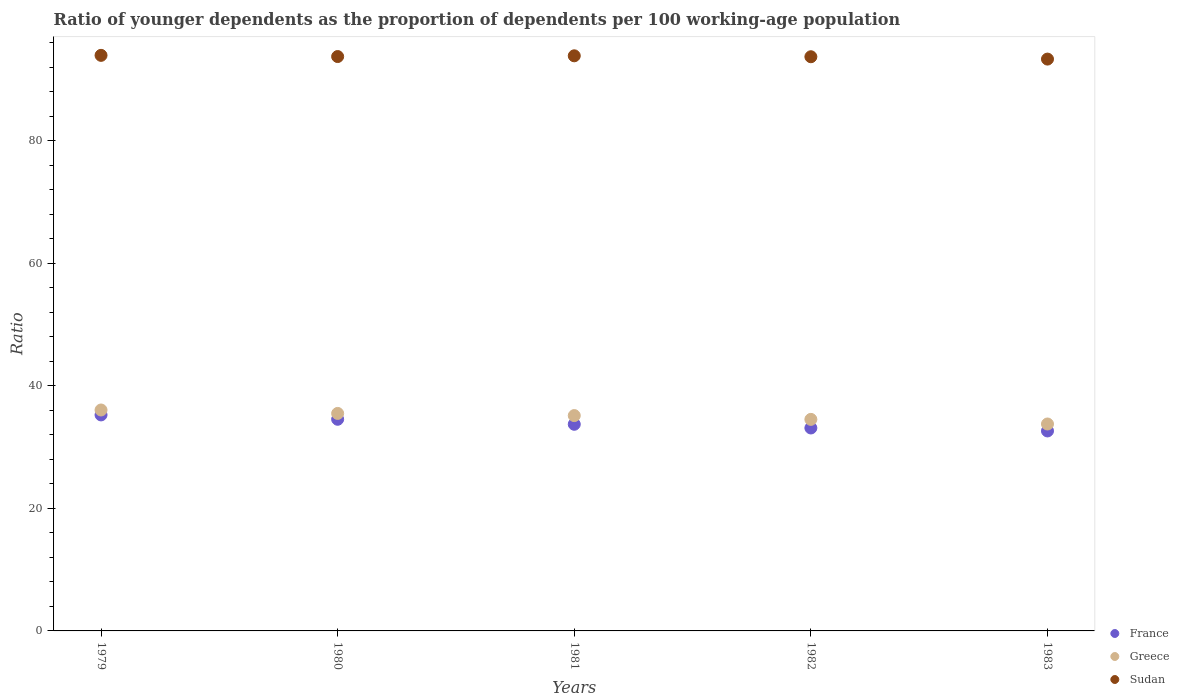
| Years | France | Greece | Sudan |
 | --- | --- | --- | --- |
 | 1979 | 35.3 | 36.1 | 93.9 |
 | 1980 | 34.5 | 35.5 | 93.8 |
 | 1981 | 33.7 | 35.1 | 93.9 |
 | 1982 | 33.1 | 34.5 | 93.7 |
 | 1983 | 32.6 | 33.8 | 93.3 |